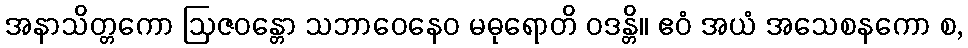
အနာသိတ္တကော ဩဇဝန္တော သဘာဝေနေဝ မဓုရောတိ ဝဒန္တိ။ ဧဝံ အယံ အသေစနကော စ,